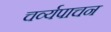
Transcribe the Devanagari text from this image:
चर्व्यपाचन